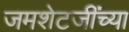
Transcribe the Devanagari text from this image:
जमशेटजींच्या